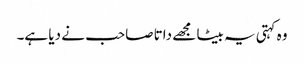
وہ کہتی یہ بیٹا مجھے داتا صاحب نے دیا ہے۔